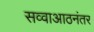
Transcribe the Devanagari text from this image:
सव्वाआठनंतर